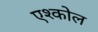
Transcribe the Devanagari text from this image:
एश्कोल